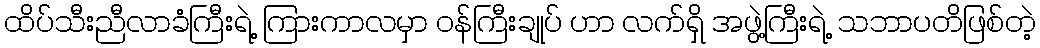
ထိပ်သီးညီလာခံကြီးရဲ့ ကြားကာလမှာ ဝန်ကြီးချုပ် ဟာ လက်ရှိ အဖွဲ့ကြီးရဲ့ သဘာပတိဖြစ်တဲ့